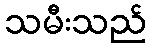
သမီးသည်